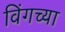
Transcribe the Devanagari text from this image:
विंगच्या